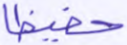
حفيظا